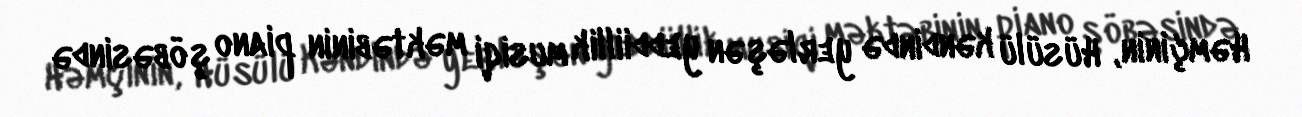
Həmçinin, Hüsülü kəndində yerləşən yeddiillik musiqi məktəbinin piano şöbəsində